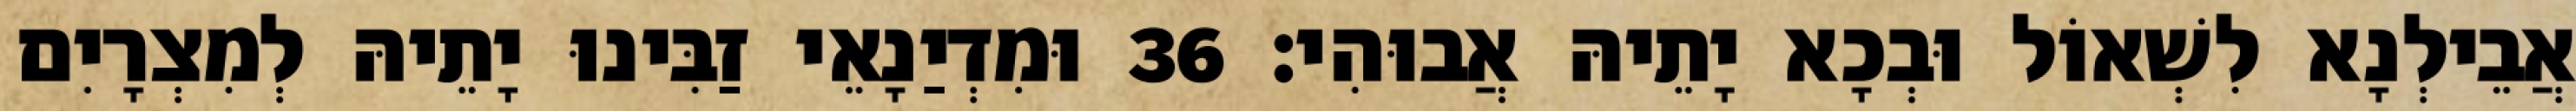
אֲבֵילְנָא לִשְׁאוֹל וּבְכָא יָתֵיהּ אֲבוּהִי׃ 36 וּמִדְיַנָאֵי זַבִּינוּ יָתֵיהּ לְמִצְרָיִם